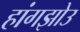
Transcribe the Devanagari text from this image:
हांगझोउ